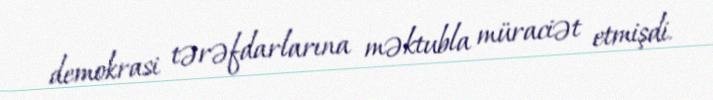
demokrasi tərəfdarlarına məktubla müraciət etmişdi.